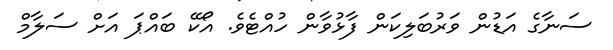
ސަނާގެ އަޑުން ވަރުބަލިކަން ފާޅުވާން ހުއްޓެވެ. އޯކޭ ބައްޕަ އަށް ސަލާމް